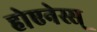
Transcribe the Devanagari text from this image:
होएनेस्स्